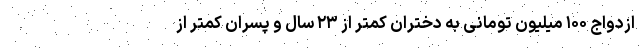
ازدواج ۱۰۰ میلیون تومانی به دختران کمتر از ۲۳ سال و پسران کمتر از